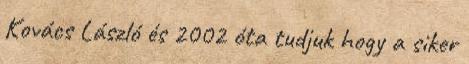
Kovács László és 2002 óta tudjuk hogy a siker